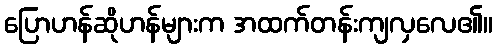
ပြောဟန်ဆိုဟန်များက အထက်တန်းကျလှလေ၏။